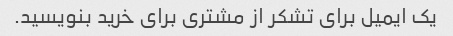
یک ایمیل برای تشکر از مشتری برای خرید بنویسید.